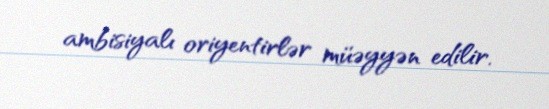
ambisiyalı oriyentirlər müəyyən edilir.